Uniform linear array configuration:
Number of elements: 32
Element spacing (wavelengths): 0.5
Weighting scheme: exponential
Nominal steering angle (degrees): -45
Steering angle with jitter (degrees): -43.537
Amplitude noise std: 0.05
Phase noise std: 0.05

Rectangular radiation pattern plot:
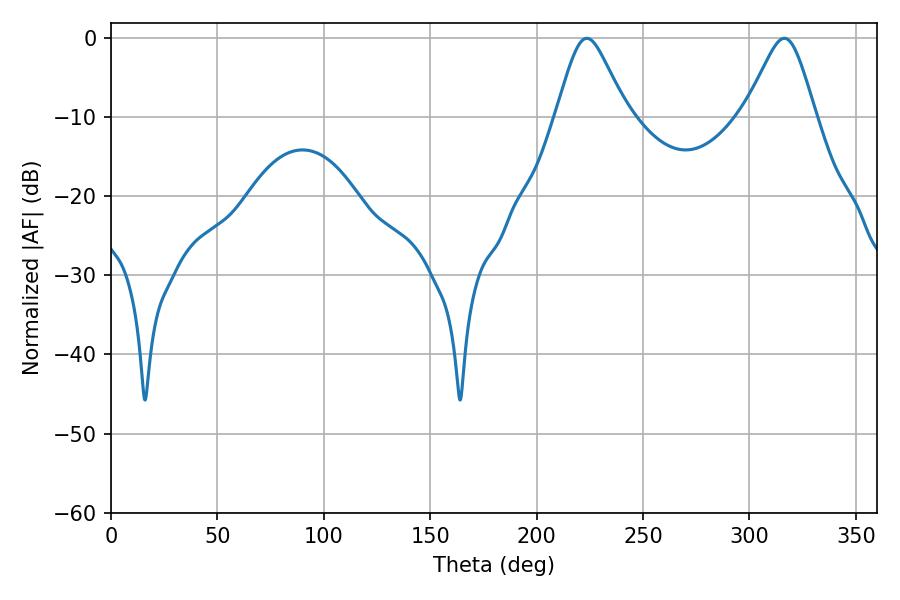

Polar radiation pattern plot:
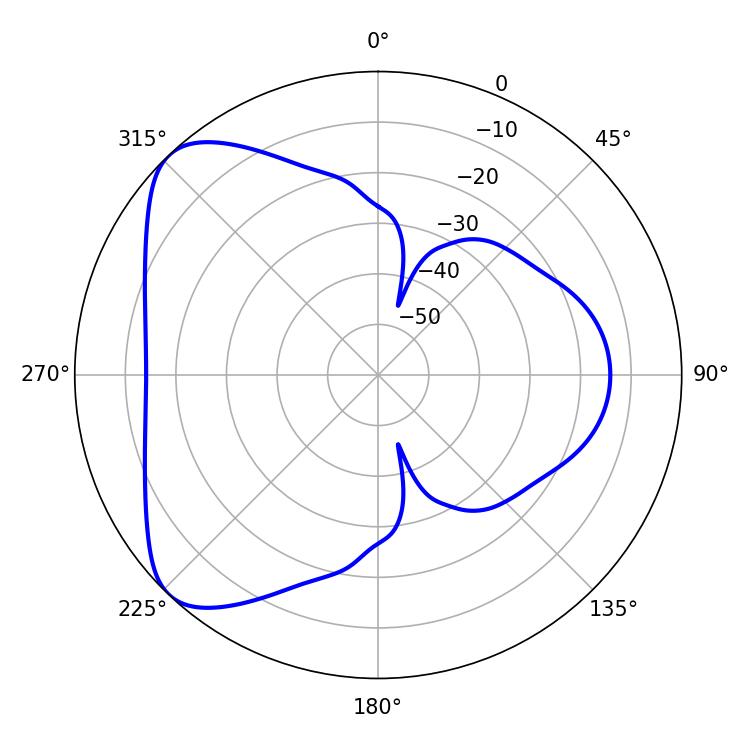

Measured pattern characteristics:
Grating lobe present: FALSE
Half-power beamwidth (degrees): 16.02
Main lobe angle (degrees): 223.56